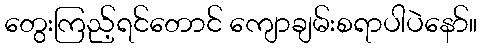
တွေးကြည့်ရင်တောင် ကျောချမ်းစရာပါပဲနော်။